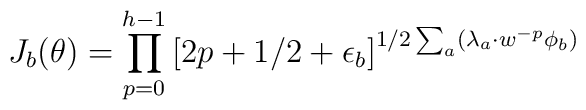
J_{b}(\theta)=\prod_{p=0}^{h-1} \left[ 2p+1/2+\epsilon_{b}\right]^{1/2 \sum_{a} (\lambda_a \cdot w^{-p} \phi_b)}